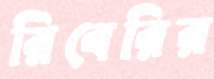
রিবেরির